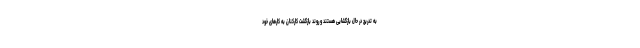
به تدریج در حال بازگشایی هستند و روند بازگشت کارکنان به کارهای خود